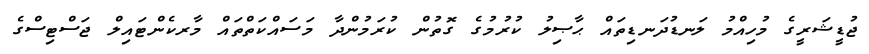
ޖުޑީޝަރީގެ މުހިއްމު ލަނޑުދަނޑިތައް ޙާޞިލު ކުރުމުގެ ގޮތުން ކުރަމުންދާ މަސައްކަތްތައް މާރކެންޓައިލް ޖަސްޓިސްގެ